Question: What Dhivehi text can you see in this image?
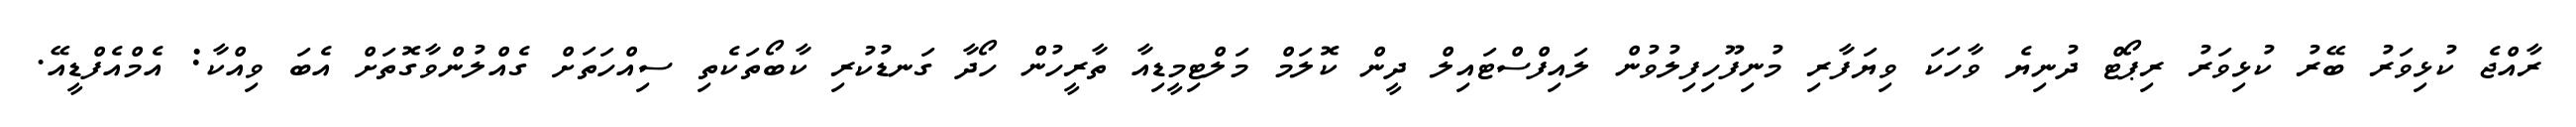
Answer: ރާއްޖެ ކުޅިވަރު ބޭރު ކުޅިވަރު ރިޕޯޓް ދުނިޔެ ވާހަކަ ވިޔަފާރި މުނިފޫހިފިލުވުން ލައިފްސްޓައިލް ދީން ކޮލަމް މަލްޓިމީޑިއާ ތާރީހުން ހޯދާ ގަނޑުކުރި ކާބޯތަކެތި ސިއްހަތަށް ގެއްލުންވާގޮތަށް އެބަ ވިއްކާ: އެމްއެފްޑީއޭ.